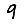
Digit: 9